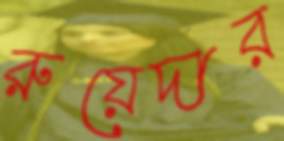
রুয়েদার